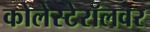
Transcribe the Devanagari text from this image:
कोलेस्टेरॉलवर